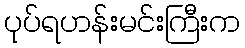
ပုပ်ရဟန်းမင်းကြီးက